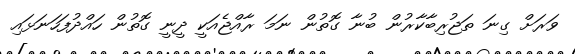
ވަރަށް ގިނަ ތަޖުރިބާކާރުން ބުނާ ގޮތުން ނަމަ ރާއްޖެއަކީ ދީނީ ގޮތުން ހައްދުފަހަނަޅައި